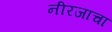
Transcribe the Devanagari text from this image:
नीरजाचा